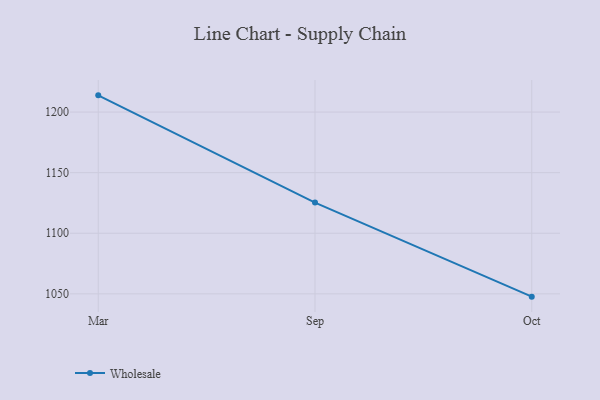
{"axis": {"x": "Month", "y": "Demand Index"}, "legend": ["Wholesale"], "data": [{"x": "Mar", "y": 1213.8, "type": "Wholesale"}, {"x": "Sep", "y": 1125.3, "type": "Wholesale"}, {"x": "Oct", "y": 1047.7, "type": "Wholesale"}]}